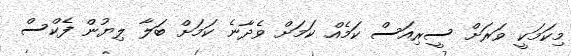
މިކަމަކީ ވަރަށް ސީރިއަސް ކަމެއް ކަމަށް ވެދާނެ ކަމަށް ބަލާ ލިޔުން ފެކްސް